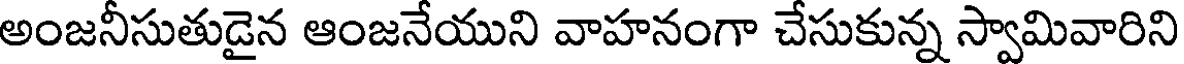
అంజనీసుతుడైన ఆంజనేయుని వాహనంగా చేసుకున్న స్వామివారిని